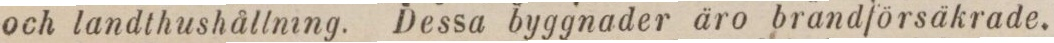
och landthushållning. Dessa byggnader äro brandförsäkrade,